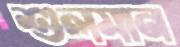
শুলমান